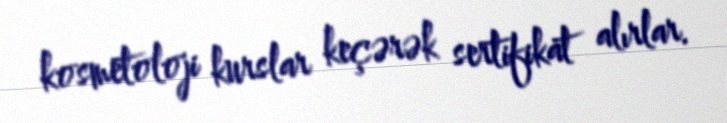
kosmetoloji kurslar keçərək sertifikat alırlar.